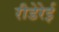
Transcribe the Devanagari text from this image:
रीडेरेई